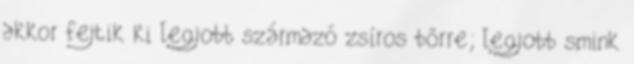
akkor fejtik ki legjobb származó zsíros bőrre; legjobb smink